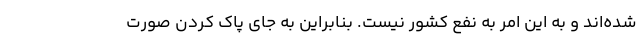
شده‌اند و به این امر به نفع کشور نیست. بنابراین به جای پاک کردن صورت